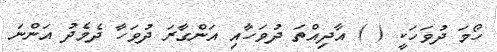
ހޯމަ ދުވަހަކީ ( ) އާދިއްތަ ދުވަހާއި އަންގާރަ ދުވަހާ ދެމެދު އަންނަ